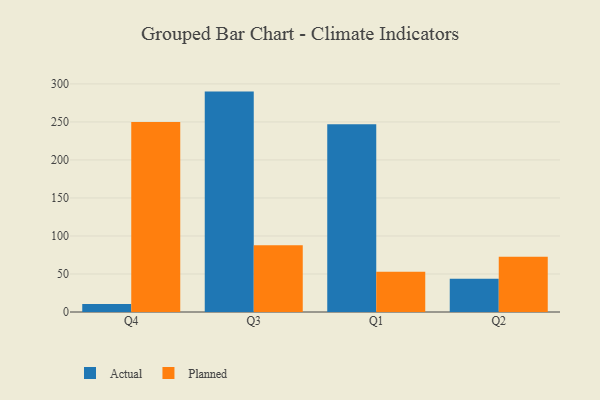
{"axis": {"x": "Quarter", "y": "Bounce Rate (%)"}, "legend": ["Actual", "Planned"], "data": [{"x": "Q4", "y": 10.5, "type": "Actual"}, {"x": "Q4", "y": 249.9, "type": "Planned"}, {"x": "Q3", "y": 289.9, "type": "Actual"}, {"x": "Q3", "y": 87.9, "type": "Planned"}, {"x": "Q1", "y": 246.8, "type": "Actual"}, {"x": "Q1", "y": 52.8, "type": "Planned"}, {"x": "Q2", "y": 43.8, "type": "Actual"}, {"x": "Q2", "y": 72.8, "type": "Planned"}]}